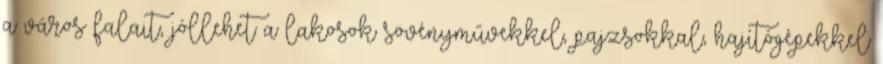
a város falait, jóllehet a lakosok sövényművekkel, pajzsokkal, hajítógépekkel